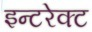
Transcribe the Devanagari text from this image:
इन्टरेक्ट